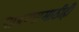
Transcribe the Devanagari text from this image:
पाडण्यासाठीही